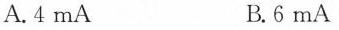
A. 4mA B. 6mA